Annual report of the Civil Veterinary Department, Bengal, for the year 1898-99 - 1898-1899
Year: 1898
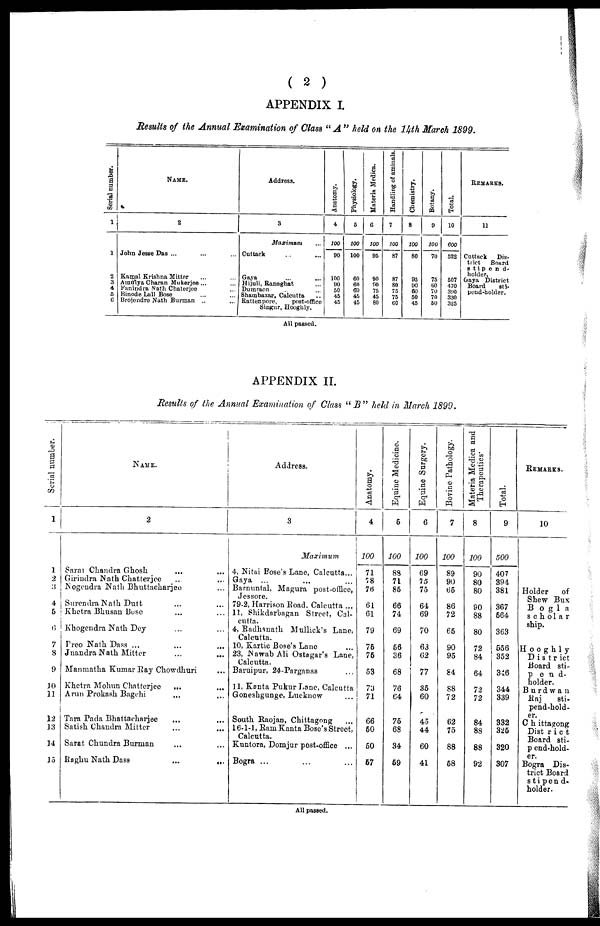
( 2 )
APPENDIX I.
Results of the Annual Examination of Class " A " held on the 14th March 1899.
Serial number.
1
1
2
3
4
5
6
NAME.
2
John Jesse Das ... ... ...
Kamal Krishna Mitter ... ...
Amulya Charan Mukerjee ... ...
Fanindra Nath Chaterjee ...
Binode Lull Bose ... ...
Brojendro Nath Burman ... ...
Address.
3
Maximum ...
Cuttack ... ...
Gaya ... ...
Hijuli, Ranaghat ...
Dumraon ... ...
Shambazar, Calcutta ..
Rattenpore,
post-office
Singur, Hooghly.
Anatomy.
4
100
90
100
90
50
45
45
Physiology.
5
100
100
60
60
60
45
45
Materia Mediea.
6
100
95
90
90
75
45
80
Handling of aminals.
7
100
87
87
80
75
75
60
Chemistry.
8
100
80
95
90
60
50
45
Botany.
9
100
70
75
60
70
70
50
Total.
10
600
522
507
470
390
330
325
REMARKS.
11
Cuttack
Dis-
trict
Board
stipend-
holder.
Gaya District
Board
sti-
pend-holder.
All passed.
APPENDIX II.
Results of the Annual Examination of Class " B" held in March 1899.
Serial number.
1
1
2
3
4
5
6
7
8
9
10
11
12
13
14
15
NAME.
2
Sarat Chandra Ghosh ... ...
Girindra Nath Chatterjee ... ...
Nogendra Nath Bhuttaeharjee ...
Surendra Nath Dutt ... ...
Khetra Bhusan Bose ... ...
Khogendra Nath Dey ... ...
Treo Nath Dass ... ... ...
Jnandra Nath Mitter ... ...
Manmatha Kumar Ray Chowdhuri ...
Khetra Mohun Chatterjee
... ...
Arun Prokash Bagehi ... ...
Tara Pada Bhattaeharjee ... ...
Satish Chandra Mitter... ...
Sarat Chundra Burman ... ...
Baghu Nath Dass
...
...
Address.
3
Maximum
4, Nitai Bose's Lane, Calcutta ...
Gaya ... ... ...
Barnuntal, Magura post-office,
Jessore.
79-2, Harrison Road, Calcutta ...
11, Shikdarbagan Street, Cal-
cutta.
4, Radhanath Mullick's Lane,
Calcutta.
10, Kartie Bose's Lane ...
23, Nawab Ali Ostagar's Lane,
Calcutta.
Baruipur, 24-Parganas ...
11, Kanta Pukur Lane, Calcutta
Goneshgunge, Lucknow ...
South Raojan, Chittagong ...
16-1-1, Ram Kanta Bose's Street,
Calcutta.
Kuntora, Domjur post-office ...
Bogra ... ... ...
Anatomy.
4
100
71
78
76
61
61
79
75
75
53
73
71
66
50
50
57
Equine Medicine.
5
100
88
71
85
66
74
69
56
36
68
76
64
75
68
34
59
Equine Surgery.
6
100
69
15
75
64
69
70
63
62
77
35
60
45
44
60
41
Bovine Pathology.
7
100
89
90
65
86
72
65
90
95
84
88
72
62
75
88
58
Materia Mediea and
Therapeutics
8
100
90
80
80
90
88
80
72
84
64
72
72
84
88
88
92
Total.
9
500
407
394
381
367
564
363
556
352
346
344
339
332
325
320
307
REMARKS.
10
Holder
of
Shew Bus
Bogla
scholar
ship.
Hooghly
District
Board sti-
pend-
holder.
Burdwan
Raj
sti-
pend-hold-
---
Chittagong
District
Board sti-
pend-hold-
er.
Bogra Dis-
trict Board
stipend-
holder.
All passed.